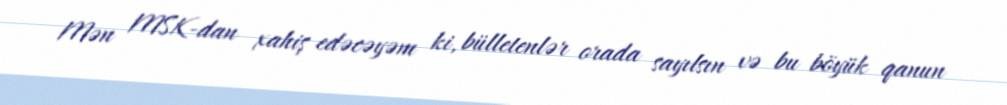
Mən MSK-dan xahiş edəcəyəm ki, bülletenlər orada sayılsın və bu böyük qanun